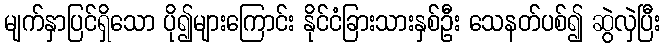
မျက်နှာပြင်ရှိသော ပို၍များကြောင်း နိုင်ငံခြားသားနှစ်ဦး သေနတ်ပစ်၍ ဆွဲလှဲပြီး